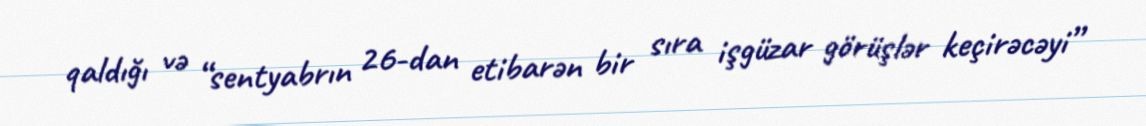
qaldığı və “sentyabrın 26-dan etibarən bir sıra işgüzar görüşlər keçirəcəyi”